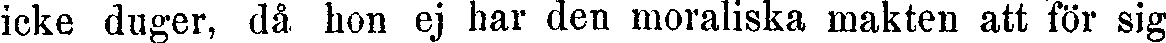
icke duger, då. hon ej har den moraliska makten att för sig